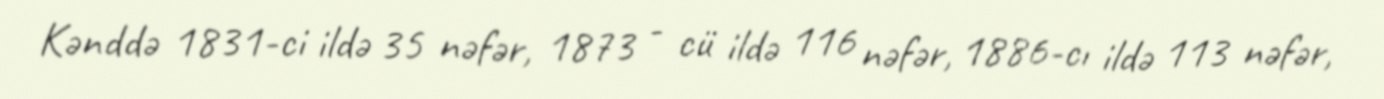
Kənddə 1831-ci ildə 35 nəfər, 1873 - cü ildə 116 nəfər, 1886-cı ildə 113 nəfər,